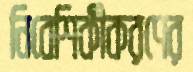
নিবেশিকীকরণের